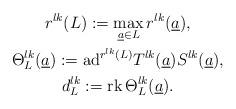
LaTeX: \begin{gather*}r^{lk}(L):=\max_{\underline{a}\in L}r^{lk}(\underline{a}),\\\Theta^{lk}_{L}(\underline{a}):=\mbox{ad}^{r^{lk}(L)}T^{lk}(\underline{a})S^{lk}(\underline{a}),\\d^{lk}_{L}:=\mbox{rk}\,\Theta^{lk}_{L}(\underline{a}).\end{gather*}